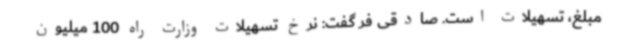
مبلغ، تسهیلات است. صادقی فر گفت: نرخ تسهیلات وزارت راه 100 میلیون